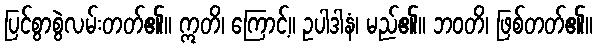
ပြင်စွာစွဲလမ်းတတ်၏။ ဣတိ၊ ကြောင့်။ ဥပါဒါနံ၊ မည်၏။ ဘဝတိ၊ ဖြစ်တတ်၏။